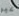
غير